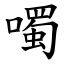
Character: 噣